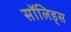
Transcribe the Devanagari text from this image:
सॉलिड्स